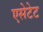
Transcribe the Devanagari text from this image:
एसेटेट